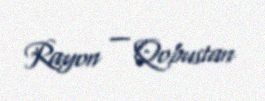
Rayon — Qobustan